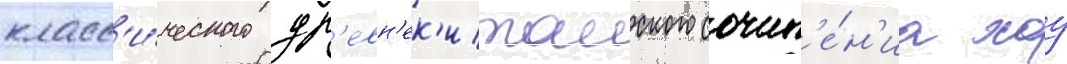
класс'и́ческого др'евн'ек'итаиского сочин'е́н'иа хоу